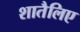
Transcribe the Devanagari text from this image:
शातैलिए